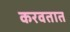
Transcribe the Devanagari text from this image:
करवतात